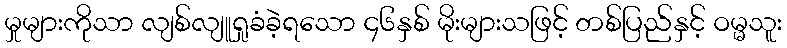
မှုများကိုသာ လျစ်လျူရှုခံခဲ့ရသော ၄၆နှစ် မိုးများသဖြင့် တစ်ပြည်နှင့် ဝမ္မသူး